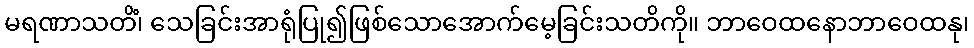
မရဏာသတိံ၊ သေခြင်းအာရုံပြု၍ဖြစ်သောအောက်မေ့ခြင်းသတိကို။ ဘာဝေထနောဘာဝေထနု၊